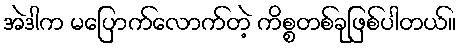
အဲဒါက မပြောက်လောက်တဲ့ ကိစ္စတစ်ခုဖြစ်ပါတယ်။